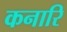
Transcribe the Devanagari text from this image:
कनारि